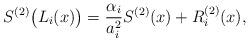
LaTeX: \begin{align*} S^{(2)}\big(L_i(x)\big) = \frac{\alpha_i}{a_i^2} S^{(2)}{(x)} + R_i^{(2)}(x), \end{align*}